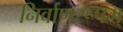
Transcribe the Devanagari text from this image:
निर्वाणरूपम्